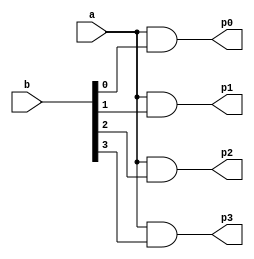
`timescale 1ns / 1ps

module p_generator(
    input [3:0]a,
    input [3:0]b,
    output [3:0]p0, p1, p2, p3
    );
    
    
    assign p0 = {{a[3:0]&b[0]}};
    assign p1 = {{a[3:0]&b[1]}}; //might need a shifter
    assign p2 = {{a[3:0]&b[2]}};
    assign p3 = {{a[3:0]&b[3]}};
    
endmodule